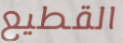
القطيع